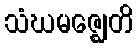
သံဃမဇ္ဈေတိ